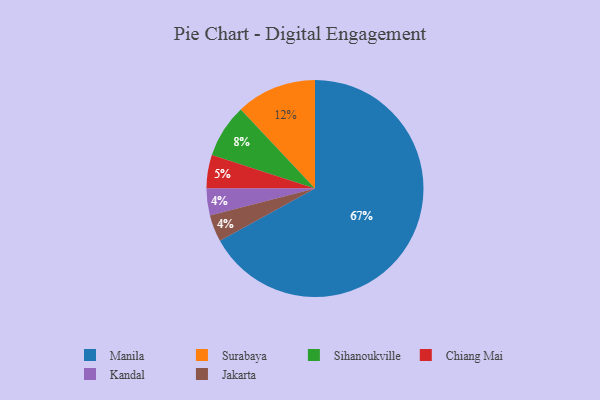
{"axis": {"x": "Category", "y": "Percentage"}, "legend": ["Chiang Mai", "Jakarta", "Kandal", "Manila", "Sihanoukville", "Surabaya"], "data": [{"x": "Manila", "y": 67, "type": "Manila"}, {"x": "Surabaya", "y": 12, "type": "Surabaya"}, {"x": "Kandal", "y": 4, "type": "Kandal"}, {"x": "Sihanoukville", "y": 8, "type": "Sihanoukville"}, {"x": "Jakarta", "y": 4, "type": "Jakarta"}, {"x": "Chiang Mai", "y": 5, "type": "Chiang Mai"}]}